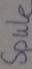
Text: Spule